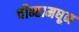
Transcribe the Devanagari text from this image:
चीन्हामधून